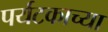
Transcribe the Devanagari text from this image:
पर्यटकाच्या